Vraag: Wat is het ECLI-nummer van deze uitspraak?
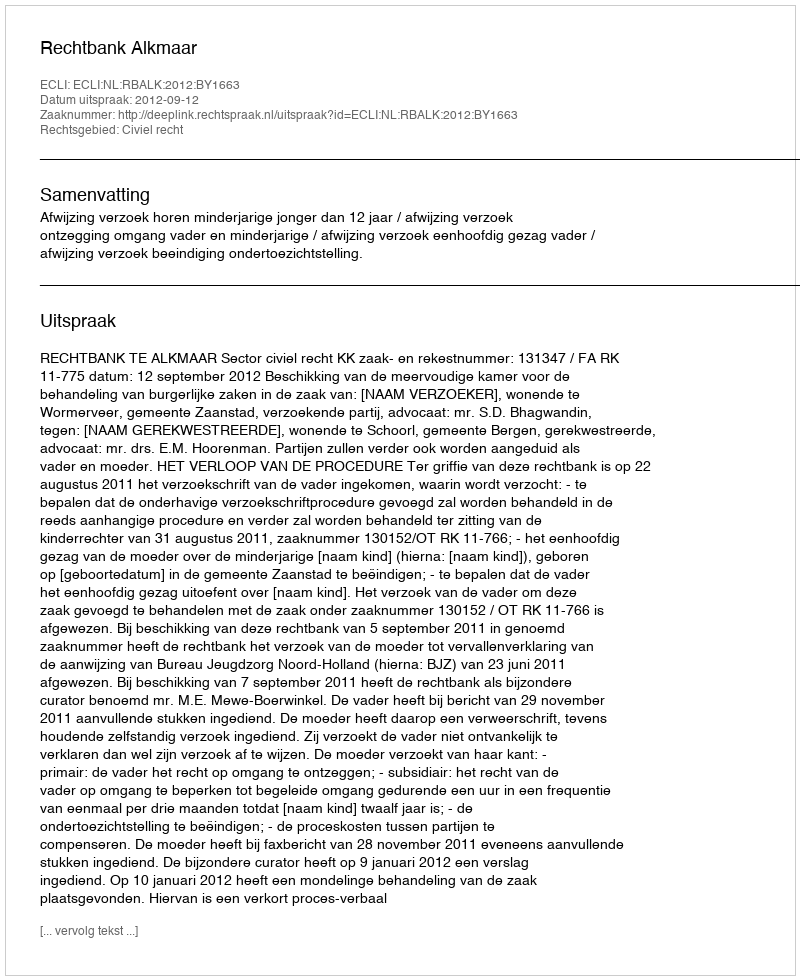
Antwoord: ECLI:NL:RBALK:2012:BY1663